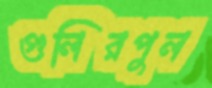
গুলিরপুল